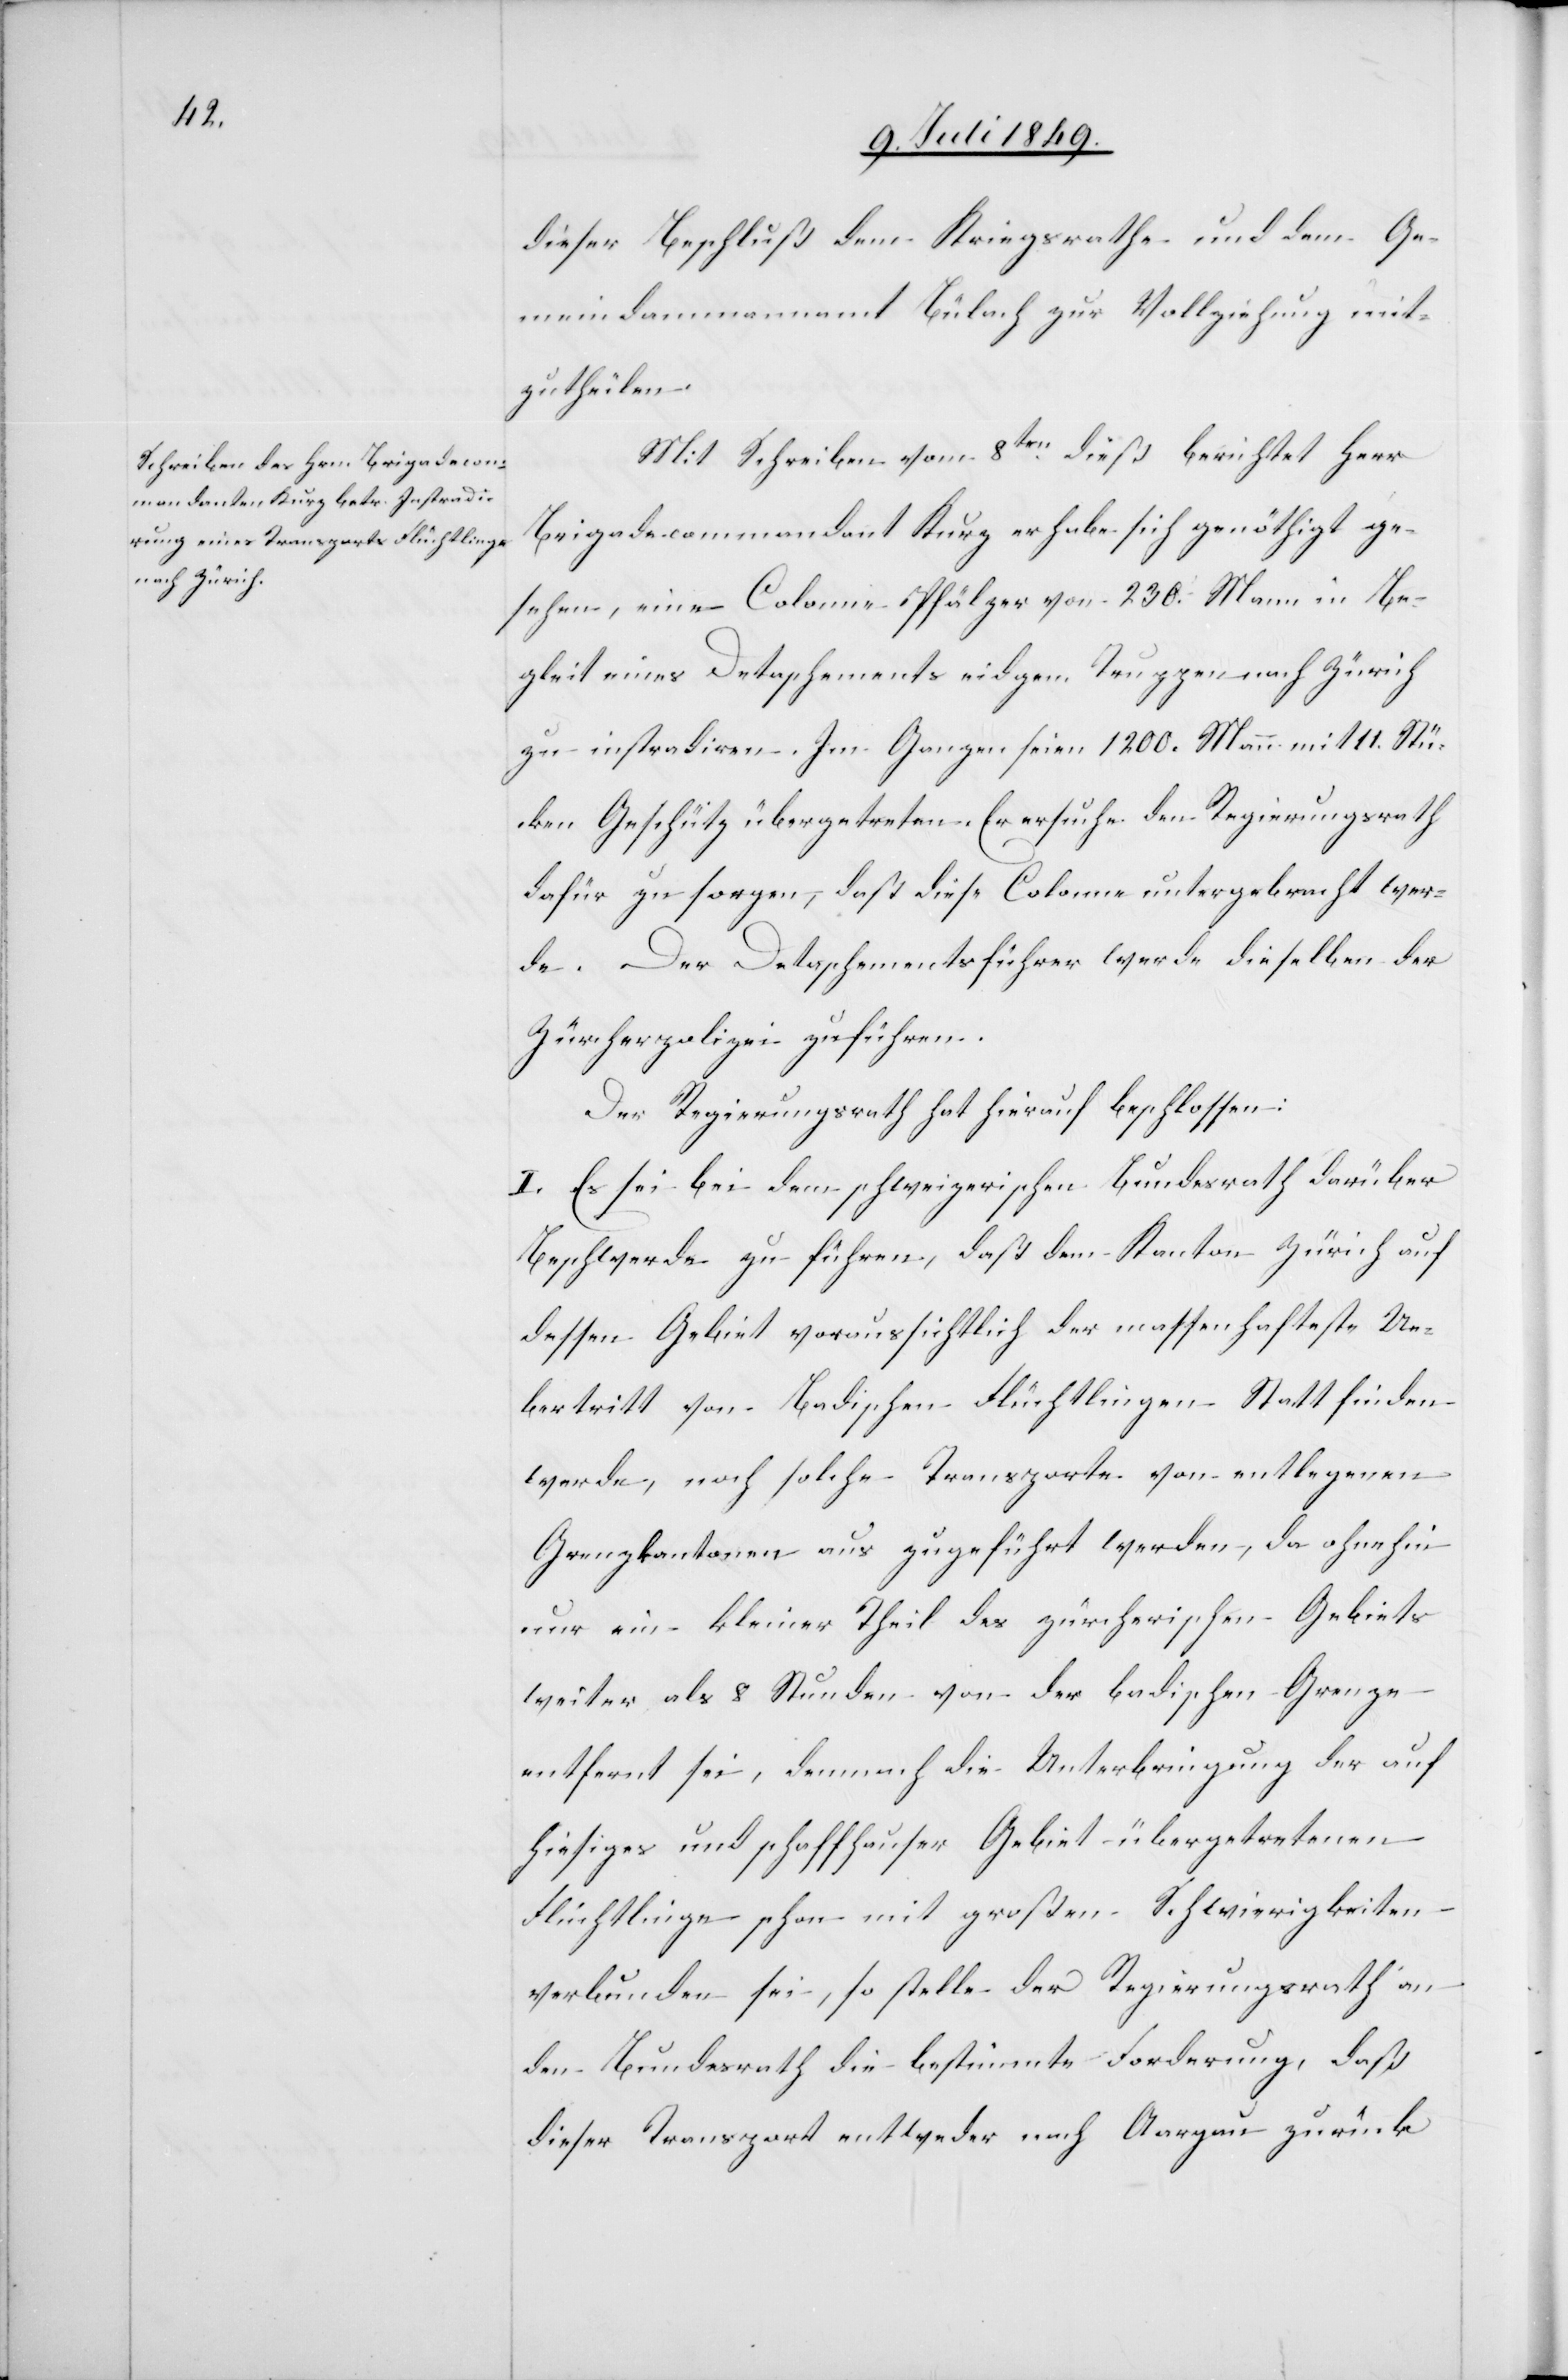
dieser Beschluß dem Kriegsrathe und dem Ge¬
meindammannamt Bülach zur Vollziehung mit¬
zutheilen.
Mit Schreiben vom 8ten dieß berichtet Herr
Brigadecommandant Kurz er habe sich genöthigt ge¬
sehen, eine Colonie Pfälzer von 230. Mann in Be¬
gleit eines Detachements eidgen. Truppen nach Zürich
zu instradiren. Im Ganzen seien 1200. Mann mit 11. Stü¬
cken Geschütz übergetreten. Er ersuche den Regierungsrath
dafür zu sorgen, daß diese Colone untergebracht wer¬
de. Der Detachementsführer werde dieselben der
Zürcherpolizei zuführen.
Der Regierungsrath hat hierauf beschlossen:
I. Es sei bei dem schweizerischen Bundesrath darüber
Beschwerde zu führen, daß dem Kanton Zürich auf
dessen Gebiet voraussichtlich der massenhafteste Ue¬
bertritt von Badischen Flüchtlingen Statt finden
werde, noch solche Transporte von entlegenen
Grenzkantonen aus zugeführt werden, da ohnehin
nur ein kleiner Theil des zürcherischen Gebiets
weiter als 8. Stunden von der badischen Grenze
entfernt sei, demnach die Unterbringung der auf
hiesiges und schaffhauser Gebiet übergetretenen
Flüchtlinge schon mit großen Schwierigkeiten
verbunden sei, so stelle der Regierungsrath an
den Bundesrath die bestimmte Forderung, daß
dieser Transport entweder nach Aargau zurück-